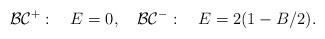
LaTeX: \begin{align*}{\cal BC}^{+}: \quad E=0, \quad {\cal BC}^-:\quad E = 2(1-B/2). \end{align*}